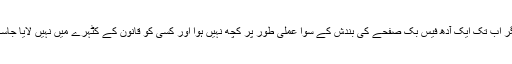
مگر اب تک ایک آدھ فیس بک صفحے کی بندش کے سوا عملی طور پر کچھ نہیں ہوا اور کسی کو قانون کے کٹہرے میں نہیں لایا جاسکا۔